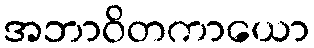
အဘာဝိတကာယော